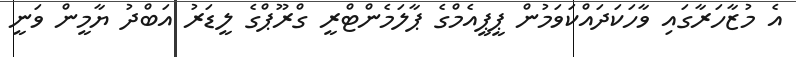
އެ މުޒާހަރާގައި ވާހަކަދައްކަވަމުން ޕީޕީއެމްގެ ޕާލަމެންޓްރީ ގްރޫޕްގެ ލީޑަރު އަބްދު ޔާމީން ވަނީ